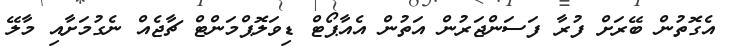
އެގޮތުން ބޭރަށް ފުރާ ފަސަންޖަރުން އަތުން އެއާޕޯޓް ޑިވަލޮޕްމަންޓް ޗާޖެއް ނެގުމަށާއި މާލޭ